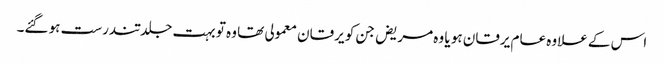
اس کے علاوہ عام یرقان ہو یا وہ مریض جن کو یرقان معمولی تھا وہ تو بہت جلد تندرست ہو گئے۔